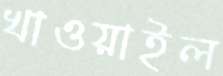
খাওয়াইল